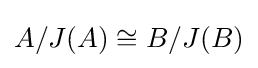
A/J(A)\cong B/J(B)